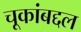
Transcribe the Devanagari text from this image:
चूकांबद्दल